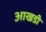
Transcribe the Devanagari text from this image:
आखडी